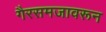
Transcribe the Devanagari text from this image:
गैरसमजावरून